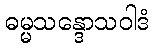
ဓမ္မသန္ဒောသဝါဒံ